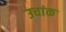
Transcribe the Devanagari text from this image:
उचांक